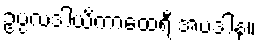
ဥပ္ပလဒါယိကာထေရီ အပဒါန။